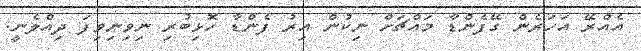
އެއްރޭ އަހަރެން ގޭފެންޑާ މައްޗަށް ނިކުން އިރު ފެންޑާ ހޮޅިބުރި ނިވިނިވިފަ ދިއްލެނީ.